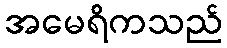
အမေရိကသည်